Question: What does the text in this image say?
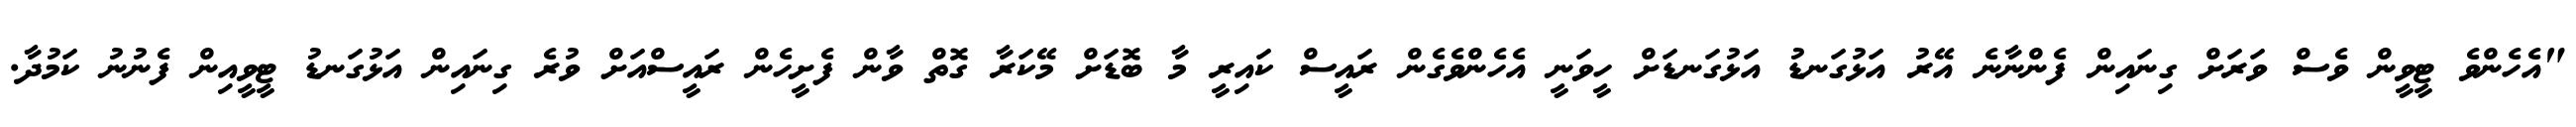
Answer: "އެހެންވެ ޓީވީން ވެސް ވަރަށް ގިނައިން ފެންނާނެ އޭރު އަޅުގަނޑު އަޅުގަނޑަށް ހީވަނީ އެހެންވެގެން ރައީސް ކައިރީ މާ ބޮޑަށް މޭކަރާ ގޮތް ވާން ފެށީހެން ރައީސްއަށް ވުރެ ގިނައިން އަޅުގަނޑު ޓީވީއިން ފެނުނު ކަމުދާ.